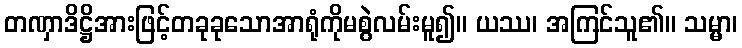
တဏှာဒိဋ္ဌိအားဖြင့်တခုခုသောအာရုံကိုမစွဲလမ်းမူ၍။ ယဿ၊ အကြင်သူ၏။ သမ္မာ၊